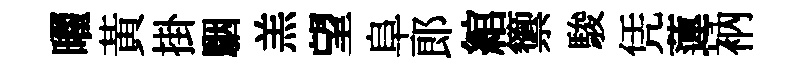
曜黃掛駰羔望阜郎綰籞駿凭蓮衲